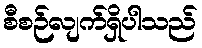
စီစဉ်လျက်ရှိပါသည်